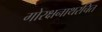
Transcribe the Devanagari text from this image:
गोरक्षनाथरचित